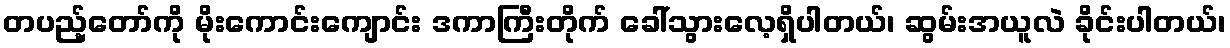
တပည့်တော်ကို မိုးကောင်းကျောင်း ဒကာကြီးတိုက် ခေါ်သွားလေ့ရှိပါတယ်၊ ဆွမ်းအယူလဲ ခိုင်းပါတယ်၊